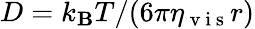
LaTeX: D=k_{\mathbf{B}}T/(6\pi\eta_{\mathrm{{~v~i~s~}}}r)